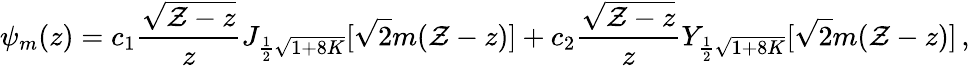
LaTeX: \psi_{m}(z)=c_{1}{\frac{\sqrt{{\cal Z}-z}}{z}}J_{{\frac{1}{2}}\sqrt{1+8K}}[\sqrt{2}m({\cal Z}-z)]+c_{2}{\frac{\sqrt{{\cal Z}-z}}{z}}Y_{{\frac{1}{2}}\sqrt{1+8K}}[\sqrt{2}m({\cal Z}-z)]\, ,